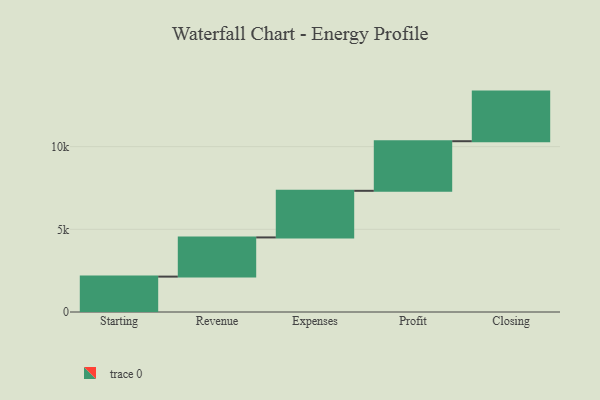
{"axis": {"x": "Step", "y": "Value"}, "legend": [""], "data": [{"x": "Starting", "y": 2140.0, "type": ""}, {"x": "Revenue", "y": 2370.0, "type": ""}, {"x": "Expenses", "y": 2819.0, "type": ""}, {"x": "Profit", "y": 3000, "type": ""}, {"x": "Closing", "y": 3000, "type": ""}]}